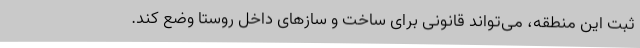
ثبت این منطقه، می‌تواند قانونی برای ساخت و سازهای داخل روستا وضع کند.